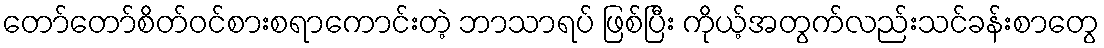
တော်တော်စိတ်ဝင်စားစရာကောင်းတဲ့ ဘာသာရပ် ဖြစ်ပြီး ကိုယ့်အတွက်လည်းသင်ခန်းစာတွေ